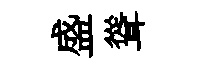
盛聳